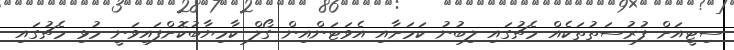
ސިޓީއަށް ފުރުސަތުތަކެއް މެޗުގައި ލިބުނު ކަމަށާއި އެވަޓަންއިން ގޯލް ކާމިޔާބުކޮށްފައިވަނީ މުޅި މެޗުގައި